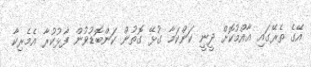
އޭގެ ތެރޭގައި އާއްމުކޮށް ދީނީ ކަންކަމާ ގުޅޭ ގޮތުން ކަންބޮޑުވުން ފާޅުކުރާ އެމެރިކާ